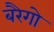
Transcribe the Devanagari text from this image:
बरैगो